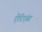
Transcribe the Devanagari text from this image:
ऐरिएंस